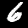
Digit: 6